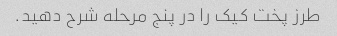
طرز پخت کیک را در پنج مرحله شرح دهید.